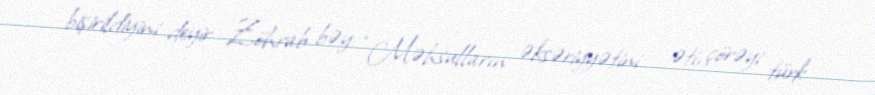
bişirildiyini deyir Zöhrab bəy: “Məhsulların əksəriyyətini - əti, çörəyi türk